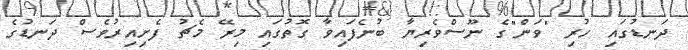
ދަނޑުގައި ހުރި "ވަން"ގެ ނޫސްވެރިޔާ ބުނެފައިވާ ގޮތުގައި މިރޭ މެޗު ފެށިއިރުވެސް ދަނޑުގެ